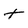
Character: t